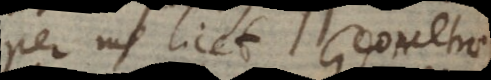
per me licet. Geometrae